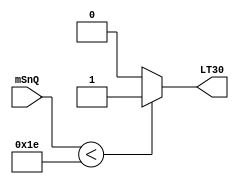
// This program was cloned from: https://github.com/maxluppe/tt07_maxluppe_nist0102
// License: Apache License 2.0

// Copyright (C) 2018  Intel Corporation. All rights reserved.
// Your use of Intel Corporation's design tools, logic functions 
// and other software and tools, and its AMPP partner logic 
// functions, and any output files from any of the foregoing 
// (including device programming or simulation files), and any 
// associated documentation or information are expressly subject 
// to the terms and conditions of the Intel Program License 
// Subscription Agreement, the Intel Quartus Prime License Agreement,
// the Intel FPGA IP License Agreement, or other applicable license
// agreement, including, without limitation, that your use is for
// the sole purpose of programming logic devices manufactured by
// Intel and sold by Intel or its authorized distributors.  Please
// refer to the applicable agreement for further details.

// PROGRAM		"Quartus Prime"
// VERSION		"Version 18.0.0 Build 614 04/24/2018 SJ Lite Edition"
// CREATED		"Wed Mar 29 15:13:42 2023"

module LT30(
	mSnQ,
	LT30
);

input wire	[7:0] mSnQ;
output wire	LT30;

//assign	LT30 = ~(mSnQ[6] | mSnQ[5] | (mSnQ[4] & mSnQ[3] & mSnQ[2] & mSnQ[1]));
assign LT30 = (mSnQ < 30) ? 1'b1 : 1'b0;

endmodule